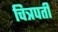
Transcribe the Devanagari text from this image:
चित्रपती